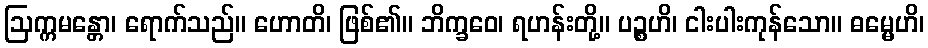
ဩက္ကမန္တော၊ ရောက်သည်။ ဟောတိ၊ ဖြစ်၏။ ဘိက္ခဝေ၊ ရဟန်းတို့။ ပဉ္စဟိ၊ ငါးပါးကုန်သော။ ဓမ္မေဟိ၊